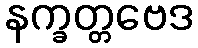
နက္ခတ္တဗေဒ